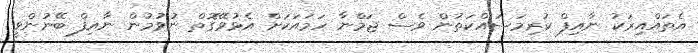
އެތައްއިރަކު ނާއިފް ކުރިމަސައްކަތުން ވެސް ޖަމްނާ ހަމައަކަށް އެޅުވޭގޮތް ނުވުމުން ނާއިފް ބޭނުންވީ